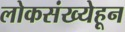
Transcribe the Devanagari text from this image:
लोकसंख्येहून